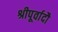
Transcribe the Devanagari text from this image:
श्रीपूर्वादौ